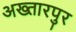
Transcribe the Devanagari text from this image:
अख्तारपुर